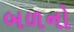
બળનો